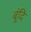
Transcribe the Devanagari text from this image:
बूंदि